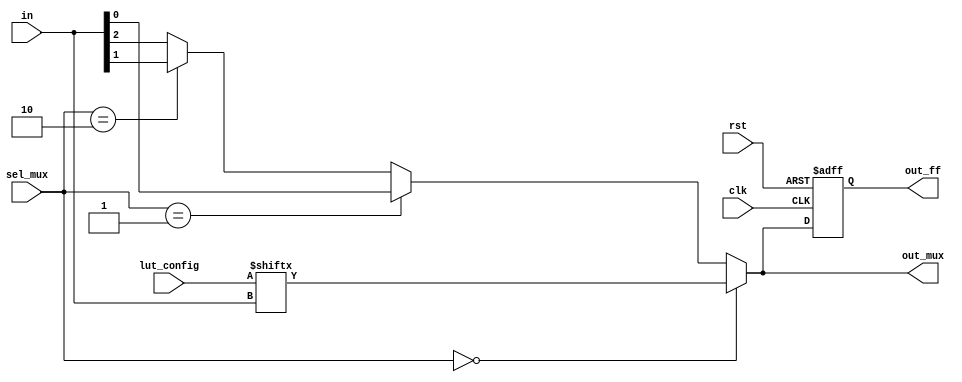
module CLB (
    input  wire [3:0]   in,         // 4 input signals
    input  wire [1:0]   sel_mux,    // MUX select signals
    input  wire         clk,         // Clock signal for flip-flop
    input  wire         rst,         // Reset signal
    input  wire [15:0]  lut_config,  // LUT configuration (truth table)
    output wire         out_mux,     // MUX output
    output reg          out_ff        // Flip-Flop output
);

// Lookup Table (LUT) implementation
wire lut_out;
assign lut_out = lut_config[in];

// Multiplexer (MUX) implementation
wire mux_out;
assign mux_out = (sel_mux == 2'b00) ? lut_out :
                 (sel_mux == 2'b01) ? in[0] :
                 (sel_mux == 2'b10) ? in[1] : 
                 in[2];

// Assigning output of MUX to final output
assign out_mux = mux_out;

// Flip-Flop implementation
always @(posedge clk or posedge rst) begin
    if (rst) begin
        out_ff <= 0; // Reset output
    end else begin
        out_ff <= out_mux; // Capture MUX output
    end
end

endmodule